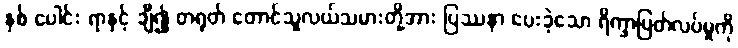
နှစ် ပေါင်း ရာနှင့် ချီ၍ တရုတ် တောင်သူလယ်သမားတို့အား ပြဿနာ ပေးခဲ့သော ရိက္ခာပြတ်လပ်မှုကို